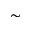
\sim